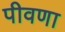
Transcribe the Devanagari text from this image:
पीवणा